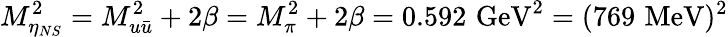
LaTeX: M_{\eta_{NS}}^{2}=M_{u\bar{u}}^{2}+2\beta=M_{\pi}^{2}+2\beta=0.592\, \, \mathrm{GeV}^{2}=(769\, \, \mathrm{MeV})^{2}